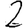
Digit: 2